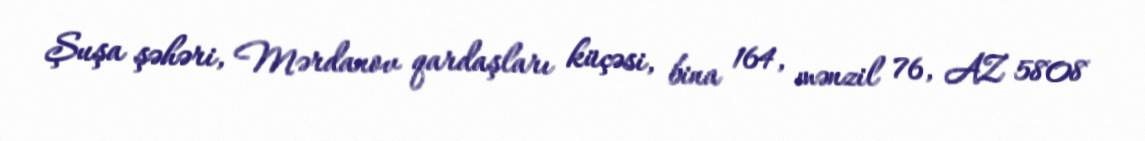
Şuşa şəhəri, Mərdanov qardaşları küçəsi, bina 164, mənzil 76, AZ 5808